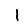
Digit: 1